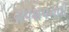
ગપશપનવી